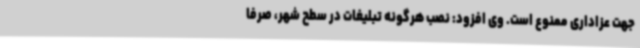
جهت عزاداری ممنوع است. وی افزود: نصب هرگونه تبلیغات در سطح شهر، صرفا